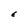
Character: E